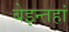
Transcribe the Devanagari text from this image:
बेइन्तहां